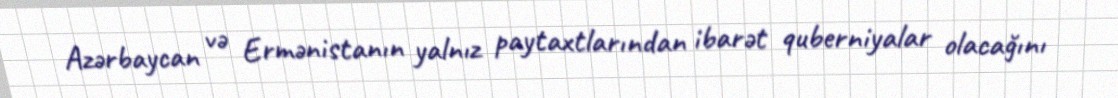
Azərbaycan və Ermənistanın yalnız paytaxtlarından ibarət quberniyalar olacağını